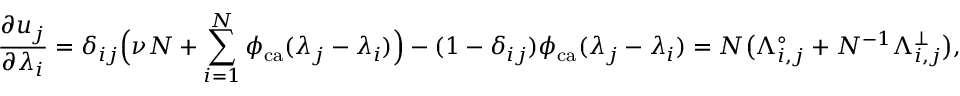
\frac { \partial u _ { j } } { \partial \lambda _ { i } } = \delta _ { i j } \Big ( \nu N + \sum _ { i = 1 } ^ { N } \phi _ { \mathrm { c a } } ( \lambda _ { j } - \lambda _ { i } ) \Big ) - ( 1 - \delta _ { i j } ) \phi _ { \mathrm { c a } } ( \lambda _ { j } - \lambda _ { i } ) = N \big ( \Lambda _ { i , j } ^ { \circ } + N ^ { - 1 } \Lambda _ { i , j } ^ { \bot } \big ) ,